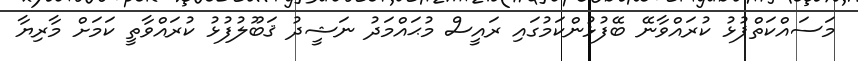
މަސައްކަތްޕުޅު ކުރައްވާނޭ ބޭފުޅުންކަމުގައި ރައީސް މުޙައްމަދު ނަޝީދު ޤަބޫލުފުޅު ކުރައްވާތީ ކަމަށް މާރިޔާ